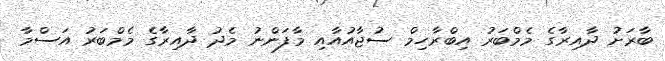
ބާރަށު ދާއިރާގެ މެމްބަރު އިބްރާހިމް ސުޖާއުއާއި މާފަންނު މެދު ދާއިރާގެ މެމްބަރު އަސްމާ